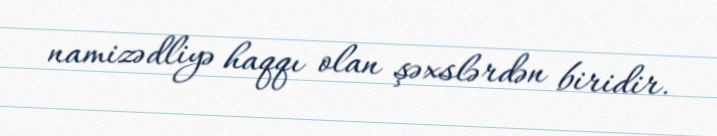
namizədliyə haqqı olan şəxslərdən biridir.